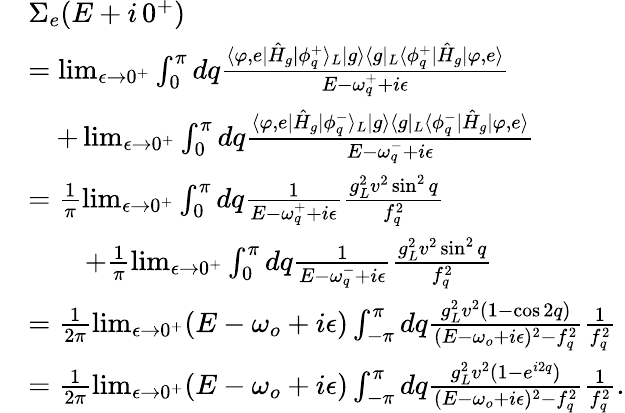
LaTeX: \begin{array}{rl}&{\Sigma_{e}(E+i\, 0^{+})}\\ &{=\operatorname*{lim}_{\epsilon\rightarrow 0^{+}}\int_{0}^{\pi}dq\frac{\langle\varphi,e|\hat{H}_{g}|\phi_{q}^{+}\rangle_{L}|g\rangle\langle g|_{L}\langle\phi_{q}^{+}|\hat{H}_{g}|\varphi,e\rangle}{E-\omega_{q}^{+}+i\epsilon}}\\ &{\quad+\operatorname*{lim}_{\epsilon\rightarrow 0^{+}}\int_{0}^{\pi}dq\frac{\langle\varphi,e|\hat{H}_{g}|\phi_{q}^{-}\rangle_{L}|g\rangle\langle g|_{L}\langle\phi_{q}^{-}|\hat{H}_{g}|\varphi,e\rangle}{E-\omega_{q}^{-}+i\epsilon}}\\ &{=\frac{1}{\pi}\operatorname*{lim}_{\epsilon\rightarrow 0^{+}}\int_{0}^{\pi}dq\frac{1}{E-\omega_{q}^{+}+i\epsilon}\frac{g_{L}^{2}v^{2}\sin^{2}{q}}{f_{q}^{2}}}\\ &{\quad\quad+\frac{1}{\pi}\operatorname*{lim}_{\epsilon\rightarrow 0^{+}}\int_{0}^{\pi}dq\frac{1}{E-\omega_{q}^{-}+i\epsilon}\frac{g_{L}^{2}v^{2}\sin^{2}{q}}{f_{q}^{2}}}\\ &{=\frac{1}{2\pi}\operatorname*{lim}_{\epsilon\rightarrow 0^{+}}(E-\omega_{o}+i\epsilon)\int_{-\pi}^{\pi}dq\frac{g_{L}^{2}v^{2}(1-\cos{2q})}{(E-\omega_{o}+i\epsilon)^{2}-f_{q}^{2}}\frac{1}{f_{q}^{2}}}\\ &{=\frac{1}{2\pi}\operatorname*{lim}_{\epsilon\rightarrow 0^{+}}(E-\omega_{o}+i\epsilon)\int_{-\pi}^{\pi}dq\frac{g_{L}^{2}v^{2}(1-e^{i2q})}{(E-\omega_{o}+i\epsilon)^{2}-f_{q}^{2}}\frac{1}{f_{q}^{2}}.}\end{array}